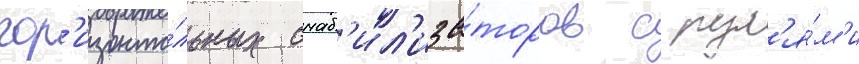
гор'изонта́льных стаб'ил'иза́торов с рул'я́м'и